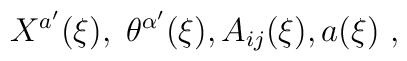
X^{a'}(\xi ) , \; \theta^{\alpha'}(\xi) , A_{ij}(\xi )  , a(\xi ) \ ,